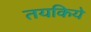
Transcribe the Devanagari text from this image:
तयकिये